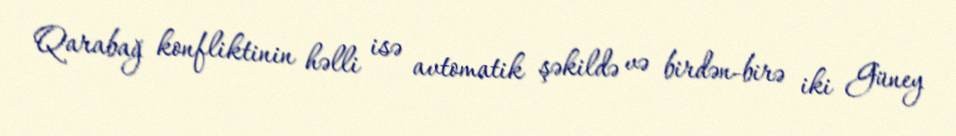
Qarabağ konfliktinin həlli isə avtomatik şəkildə və birdən-birə iki Güney